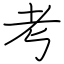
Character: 考